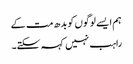
ہم ایسے لوگوں کو بدھ مت کے
راہب نہیں کہہ سکتے۔